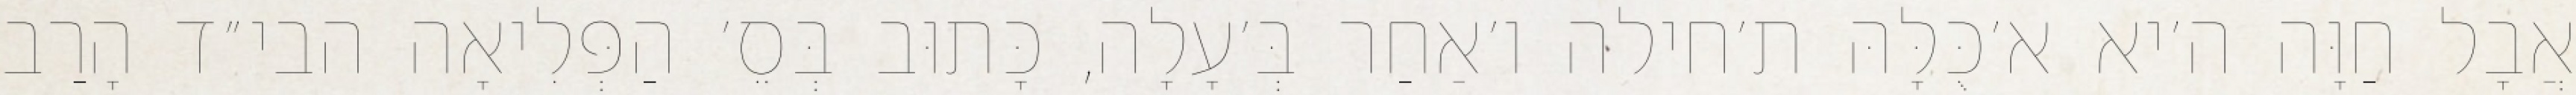
אֲבָל חַוָּה ה׳יא א׳כֻּלָּהּ ת׳חילה ו׳אַחַר בְּ׳עָלָה, כָּתוּב בְּסֵ׳ הַפְּלִיאָה הבי״ד הָרַב